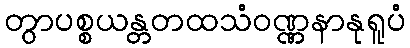
တွာပစ္စယန္တတထသံဝဏ္ဏနာနုရူပံ